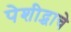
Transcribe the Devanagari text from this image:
पेशीद्र्वाचे